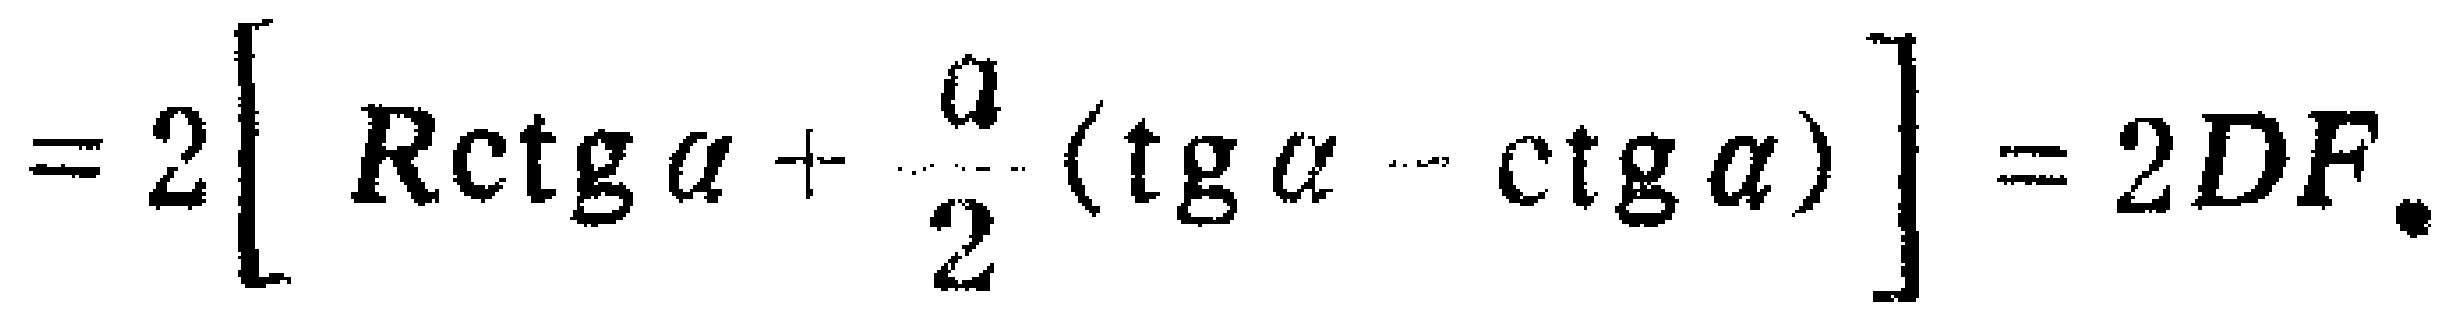
$=2\left[ R\mathrm{ctg}\alpha+\frac{a}{2}(\mathrm{tg}\alpha - \mathrm{ctg}\alpha)\right]=2DF.$